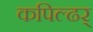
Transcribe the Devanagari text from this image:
कपिल्ढर्